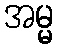
အမ္မ